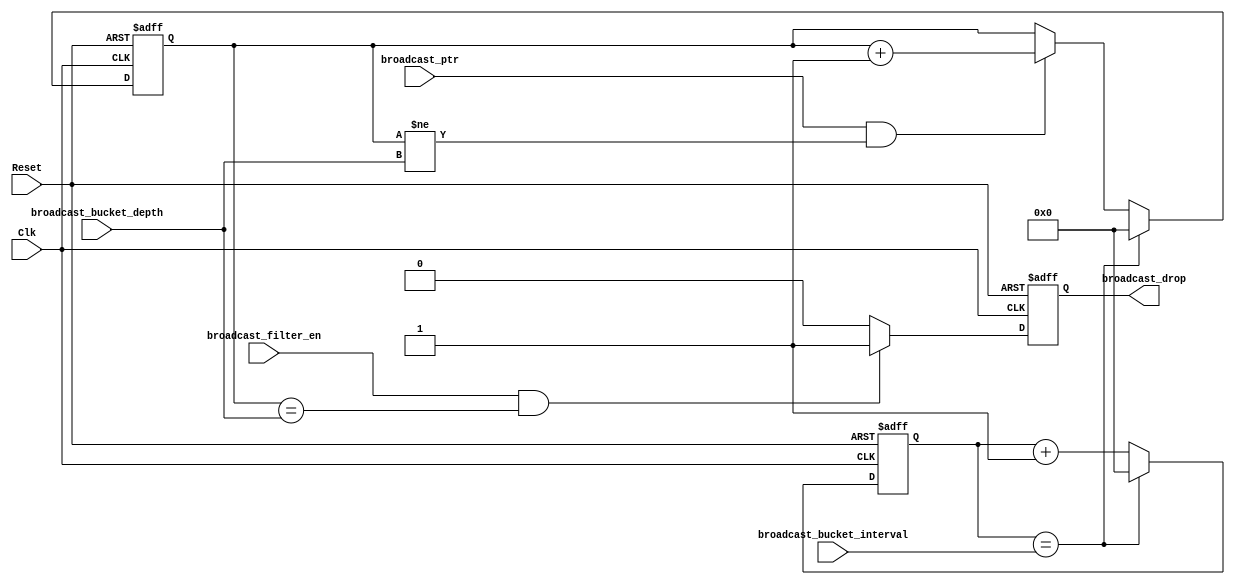
module Broadcast_filter (    
Reset                   ,
Clk                     ,
//MAC_rx_ctrl           ,
broadcast_ptr           ,
broadcast_drop          ,
//FromCPU               ,
broadcast_filter_en     ,
broadcast_bucket_depth    ,
broadcast_bucket_interval 
);
input           Reset                       ;
input           Clk                         ;
                //MAC_rx_ctrl               
input           broadcast_ptr               ;
output          broadcast_drop              ;
                //FromCPU                   ;
input           broadcast_filter_en         ;
input   [15:0]  broadcast_bucket_depth      ;
input   [15:0]  broadcast_bucket_interval   ;

//******************************************************************************  
//internal signals                                                                
//******************************************************************************  
reg     [15:0]  time_counter            ;
reg     [15:0]  broadcast_counter        ;
reg             broadcast_drop          ;
//******************************************************************************  
//                                                               
//****************************************************************************** 
always @ (posedge Clk or posedge Reset)
    if (Reset)
        time_counter    <=0;
    else if (time_counter==broadcast_bucket_interval)
        time_counter    <=0;
    else
        time_counter    <=time_counter+1;

always @ (posedge Clk or posedge Reset)
    if (Reset)
        broadcast_counter   <=0;
    else if (time_counter==broadcast_bucket_interval)
        broadcast_counter   <=0;
    else if (broadcast_ptr&&broadcast_counter!=broadcast_bucket_depth)
        broadcast_counter   <=broadcast_counter+1;
                
always @ (posedge Clk or posedge Reset)
    if (Reset)
        broadcast_drop      <=0;
    else if(broadcast_filter_en&&broadcast_counter==broadcast_bucket_depth)
        broadcast_drop      <=1;
    else
        broadcast_drop      <=0;

endmodule